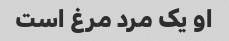
او یک مرد مرغ است